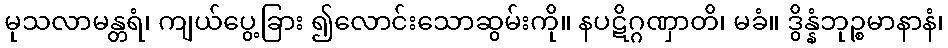
မုသလာမန္တရံ၊ ကျယ်ပွေ့ခြား ၍လောင်းသောဆွမ်းကို။ နပဋိဂ္ဂဏှာတိ၊ မခံ။ ဒွိန္နံဘုဉ္စမာနာနံ၊